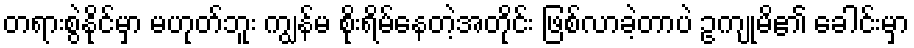
တရားစွဲနိုင်မှာ မဟုတ်ဘူး ကျွန်မ စိုးရိမ်နေတဲ့အတိုင်း ဖြစ်လာခဲ့တာပဲ ဥကျုမိ၏ ခေါင်းမှာ